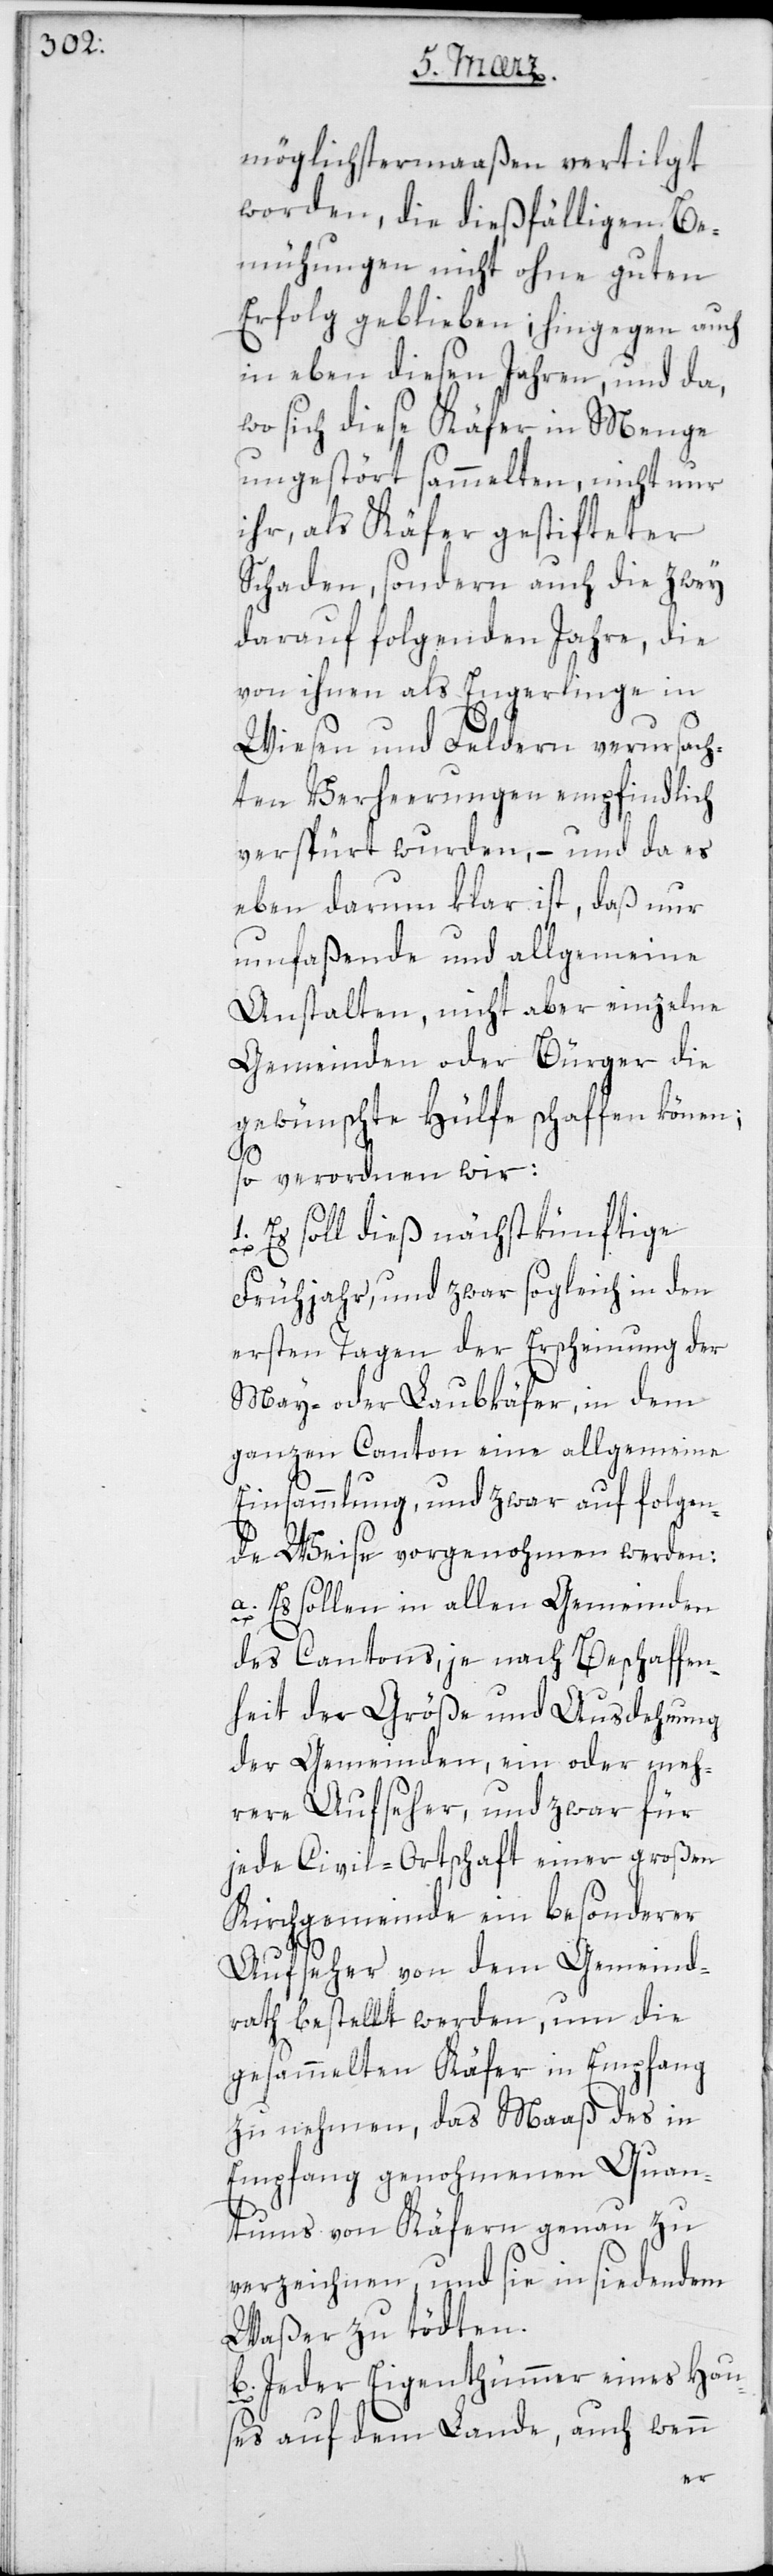
möglichster Maßen vertilgt
worden, die dießfälligen Be¬
mühungen nicht ohne guten
Erfolg geblieben; hingegen auch
in eben diesen Jahren und da,
wo sich diese Käfer in Menge
ungestört sammelten, nicht nur
ihr, als Käfer gestifteter
Schaden, sondern auch die zwey
darauf folgenden Jahre, die
von ihnen als Engerlinge in
Wiesen und Feldern verursach¬
ten Verheerungen empfindlich
verspürt wurden, – und da es
eben darum klar ist, daß nur
umfaßende und allgemeine
Anstalten, nicht aber einzelne
Gemeinden oder Bürger die
gewünschte Hülfe schaffen können;
so verordnen wir:
1. Es soll dieß nächstkünftige
Frühjahr, und zwar sogleich in den
ersten Tagen der Erscheinung der
May- oder Laubkäfer, in dem
ganzen Canton eine allgemeine
Einsammlung, und zwar auf folgen¬
de Weise vorgenommen werden:
a. Es sollen in allen Gemeinden
des Cantons, je nach Beschaffen¬
heit der Größe und Ausdehnung
der Gemeinden, ein oder meh¬
rere Aufseher, und zwar für
jede Civilortschaft einer großen
Kirchgemeinde ein besonderer
Aufseher von dem Gemeind¬
rath bestellt werden, um die
gesammelten Käfer in Empfang
zu nehmen, das Maaß des in
Empfang genommenen Quan¬
tums von Käfern genau zu
verzeichnen und sie in siedendem
Waßer zu tödten.
b. Jeder Eigenthümer eines Hau¬
ses auf dem Lande, auch wenn